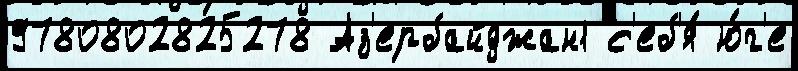
9780802825278 Аз'ербайджан1 с'еб'я́ ю́г'е